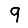
Digit: 9